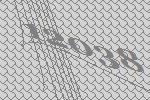
12038